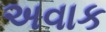
અવાક